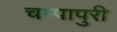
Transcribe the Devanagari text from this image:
चम्‍पापुरी